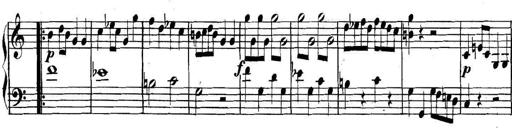
Title: Collected Piano Sonatas
Composer: Muzio Clementi